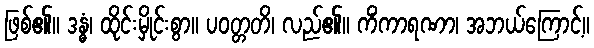
ဖြစ်၏။ ဒန္ဓံ၊ ထိုင်းမှိုင်းစွာ။ ပဝတ္တတိ၊ လည်၏။ ကိံကာရဏာ၊ အဘယ်ကြောင့်။